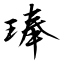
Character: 琫